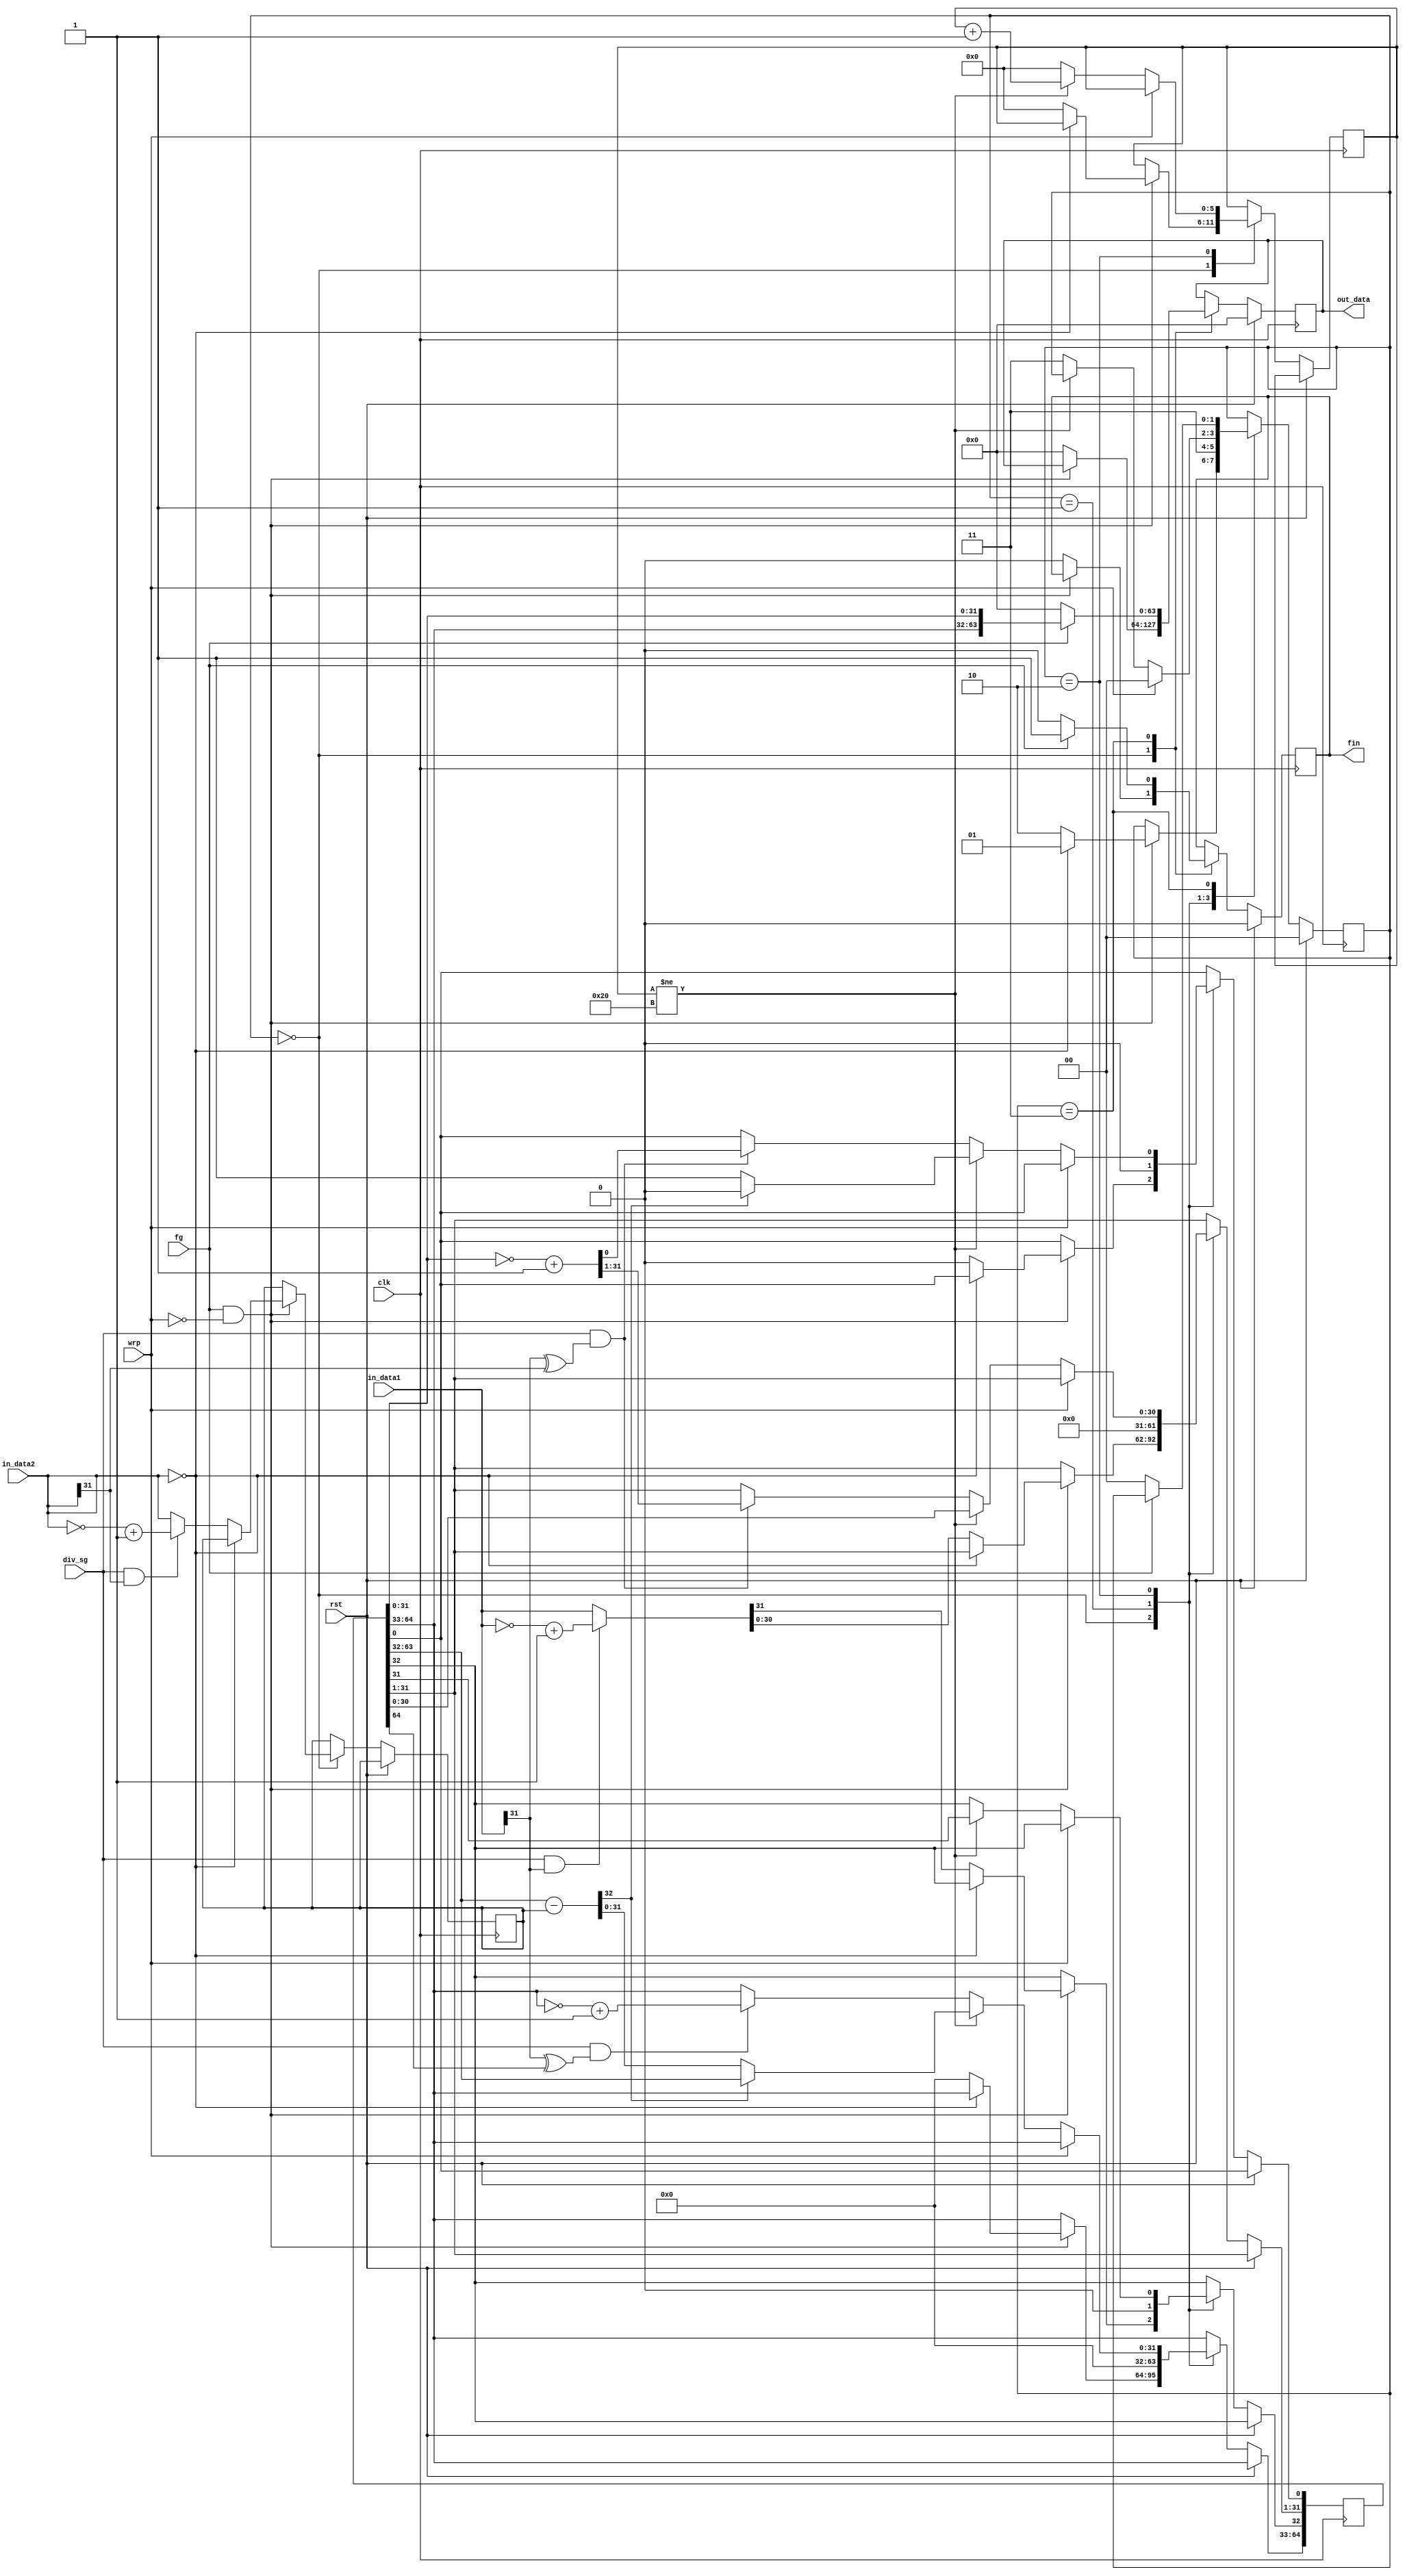
module div(clk, rst, div_sg, in_data1, in_data2, fg, wrp, out_data, fin);
input wire clk, rst, div_sg, fg, wrp;
input wire[31:0] in_data1, in_data2;
output reg[63:0] out_data;
output reg fin;
reg[1:0] auto_stage;
reg[5:0] k;
wire[32:0] tmp;
reg[64:0] dividend;
reg[31:0] divisor, ans0, ans1;


	assign tmp = {1'b0,dividend[63:32]} - {1'b0,divisor};

	always @(posedge clk)
	begin
		if(rst == 1'b1)
		begin
			fin <= 1'b0; auto_stage <= 2'b00;
			out_data <= {32'h00000000,32'h00000000};
		end
		else
		begin
		  case (auto_stage)
		  	2'b00:
			begin
		  		if(fg == 1'b1 && wrp == 1'b0)
				begin
		  			if(in_data2 == 32'h00000000) begin auto_stage <= 2'b01; end
					else
					begin
						k <= 6'b000000;
		  				auto_stage <= 2'b10;
		  				if(div_sg == 1'b1 && in_data1[31] == 1'b1 ) begin ans0 = ~in_data1 + 1; end
						else begin ans0 = in_data1; end
		  				if(div_sg == 1'b1 && in_data2[31] == 1'b1 ) begin ans1 = ~in_data2 + 1; end
						else begin ans1 = in_data2; end
		  				dividend <= {32'h00000000,32'h00000000};
						dividend[32:1] <= ans0; divisor <= ans1;
					end
				end
				else begin out_data <= {32'h00000000,32'h00000000}; fin <= 1'b0; end          	
		  	end
		  	2'b01: begin auto_stage <= 2'b11; dividend <= {32'h00000000,32'h00000000}; end
		  	2'b10:
			begin
		  		if(wrp == 1'b0)
				begin
		  			if(k != 6'b100000)
					begin
						k <= k + 1;
						if(tmp[32] == 1'b1) begin dividend <= {dividend[63:0] , 1'b0}; end
						else begin dividend <= {tmp[31:0] , dividend[31:0] , 1'b1}; end
					end
					else
					begin
						if((div_sg == 1'b1) && ((in_data1[31] ^ in_data2[31]) == 1'b1))
							begin dividend[31:0] <= (~dividend[31:0] + 1); end
						if((div_sg == 1'b1) && ((in_data1[31] ^ dividend[64]) == 1'b1))
							begin dividend[64:33] <= (~dividend[64:33] + 1); end
						auto_stage <= 2'b11;
						k <= 6'b000000;            	
					end
		  		end
				else begin auto_stage <= 2'b00; end	
		  	end
		  	2'b11:
			begin
				fin <= 1'b1; out_data <= {dividend[64:33], dividend[31:0]};
				if(fg == 1'b0)
				begin
					fin <= 1'b0; auto_stage <= 2'b00;
					out_data <= {32'h00000000,32'h00000000};       	
				end
		  	end
			default: begin end
			endcase
		end
	end

endmodule